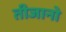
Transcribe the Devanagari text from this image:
तीजानो